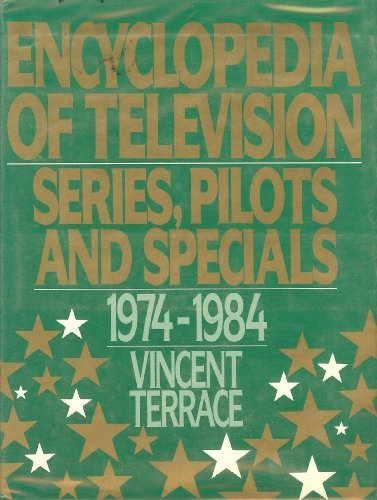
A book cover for Encyclopedia of Television: Series, Pilots and Specials 1974-1984; Vincent Terrace; Humor & Entertainment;